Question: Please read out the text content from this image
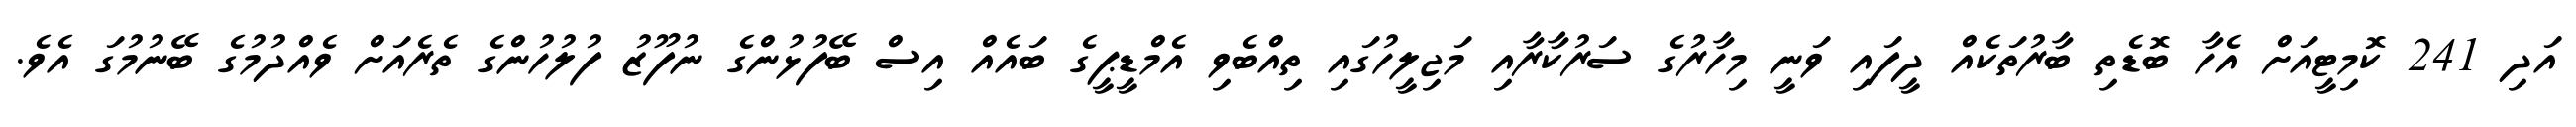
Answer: އަދި 241 ކޮމިޓީއަށް އެހާ ބޮޑެތި ބާރުތަކެއް ދީފައި ވަނީ މިހާރުގެ ސަރުކާރާއި މަޖިލީހުގައި ތިއްބެވި އެމްޑީޕީގެ ބައެއް އިސް ބޭފުޅުންގެ ނުފޫޒު ފުލުހުންގެ ތެރެއަށް ވެއްދުމުގެ ބޭނުމުގަ އެވެ.